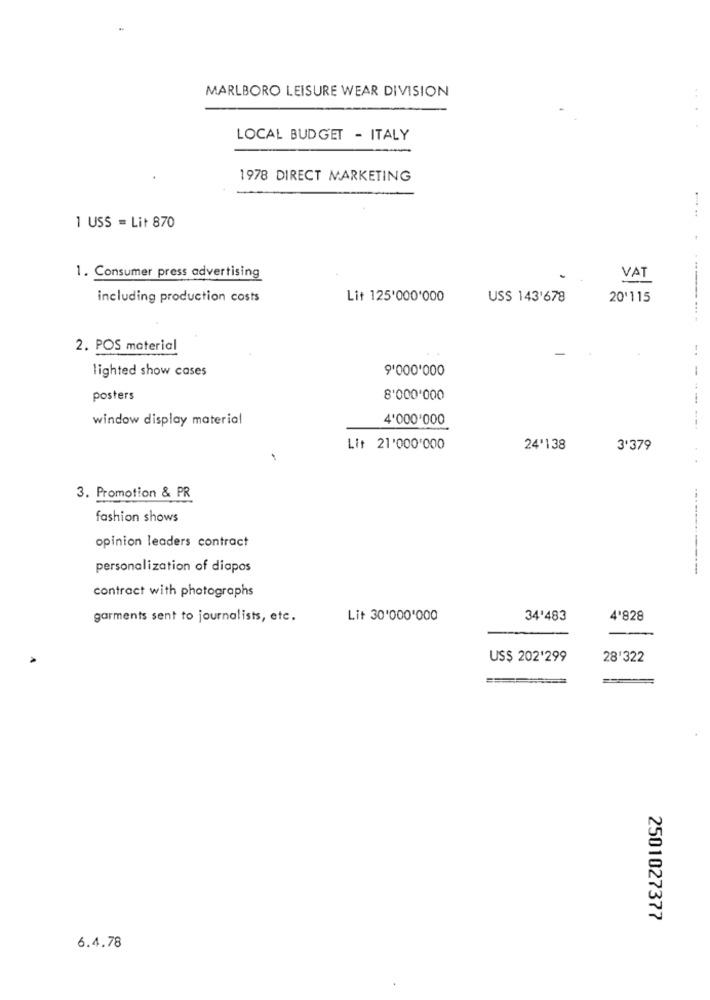
-
MARLBORO LEISURE WEAR DIVISION
LOCAL BUDGET - ITALY
1978 DIRECT MARKETING
1 USS = Lit 870
1. Consumer press advertising
VAT
including production costs
Lit 125'000'000
USS 143'678
20'115
2. POS material
lighted show cases
9'000'000
posters
8'000'000
window display material
4'000'000
--
Lit 21'000'000
24'138
3'379
3. Promotion & PR
fashion shows
opinion leaders contract
personalization of diapos
contract with photographs
garments sent to journalists, etc.
Lit 30'000'000
34'483
4'828
US$ 202'299
28'322
2501027377
6.4.78